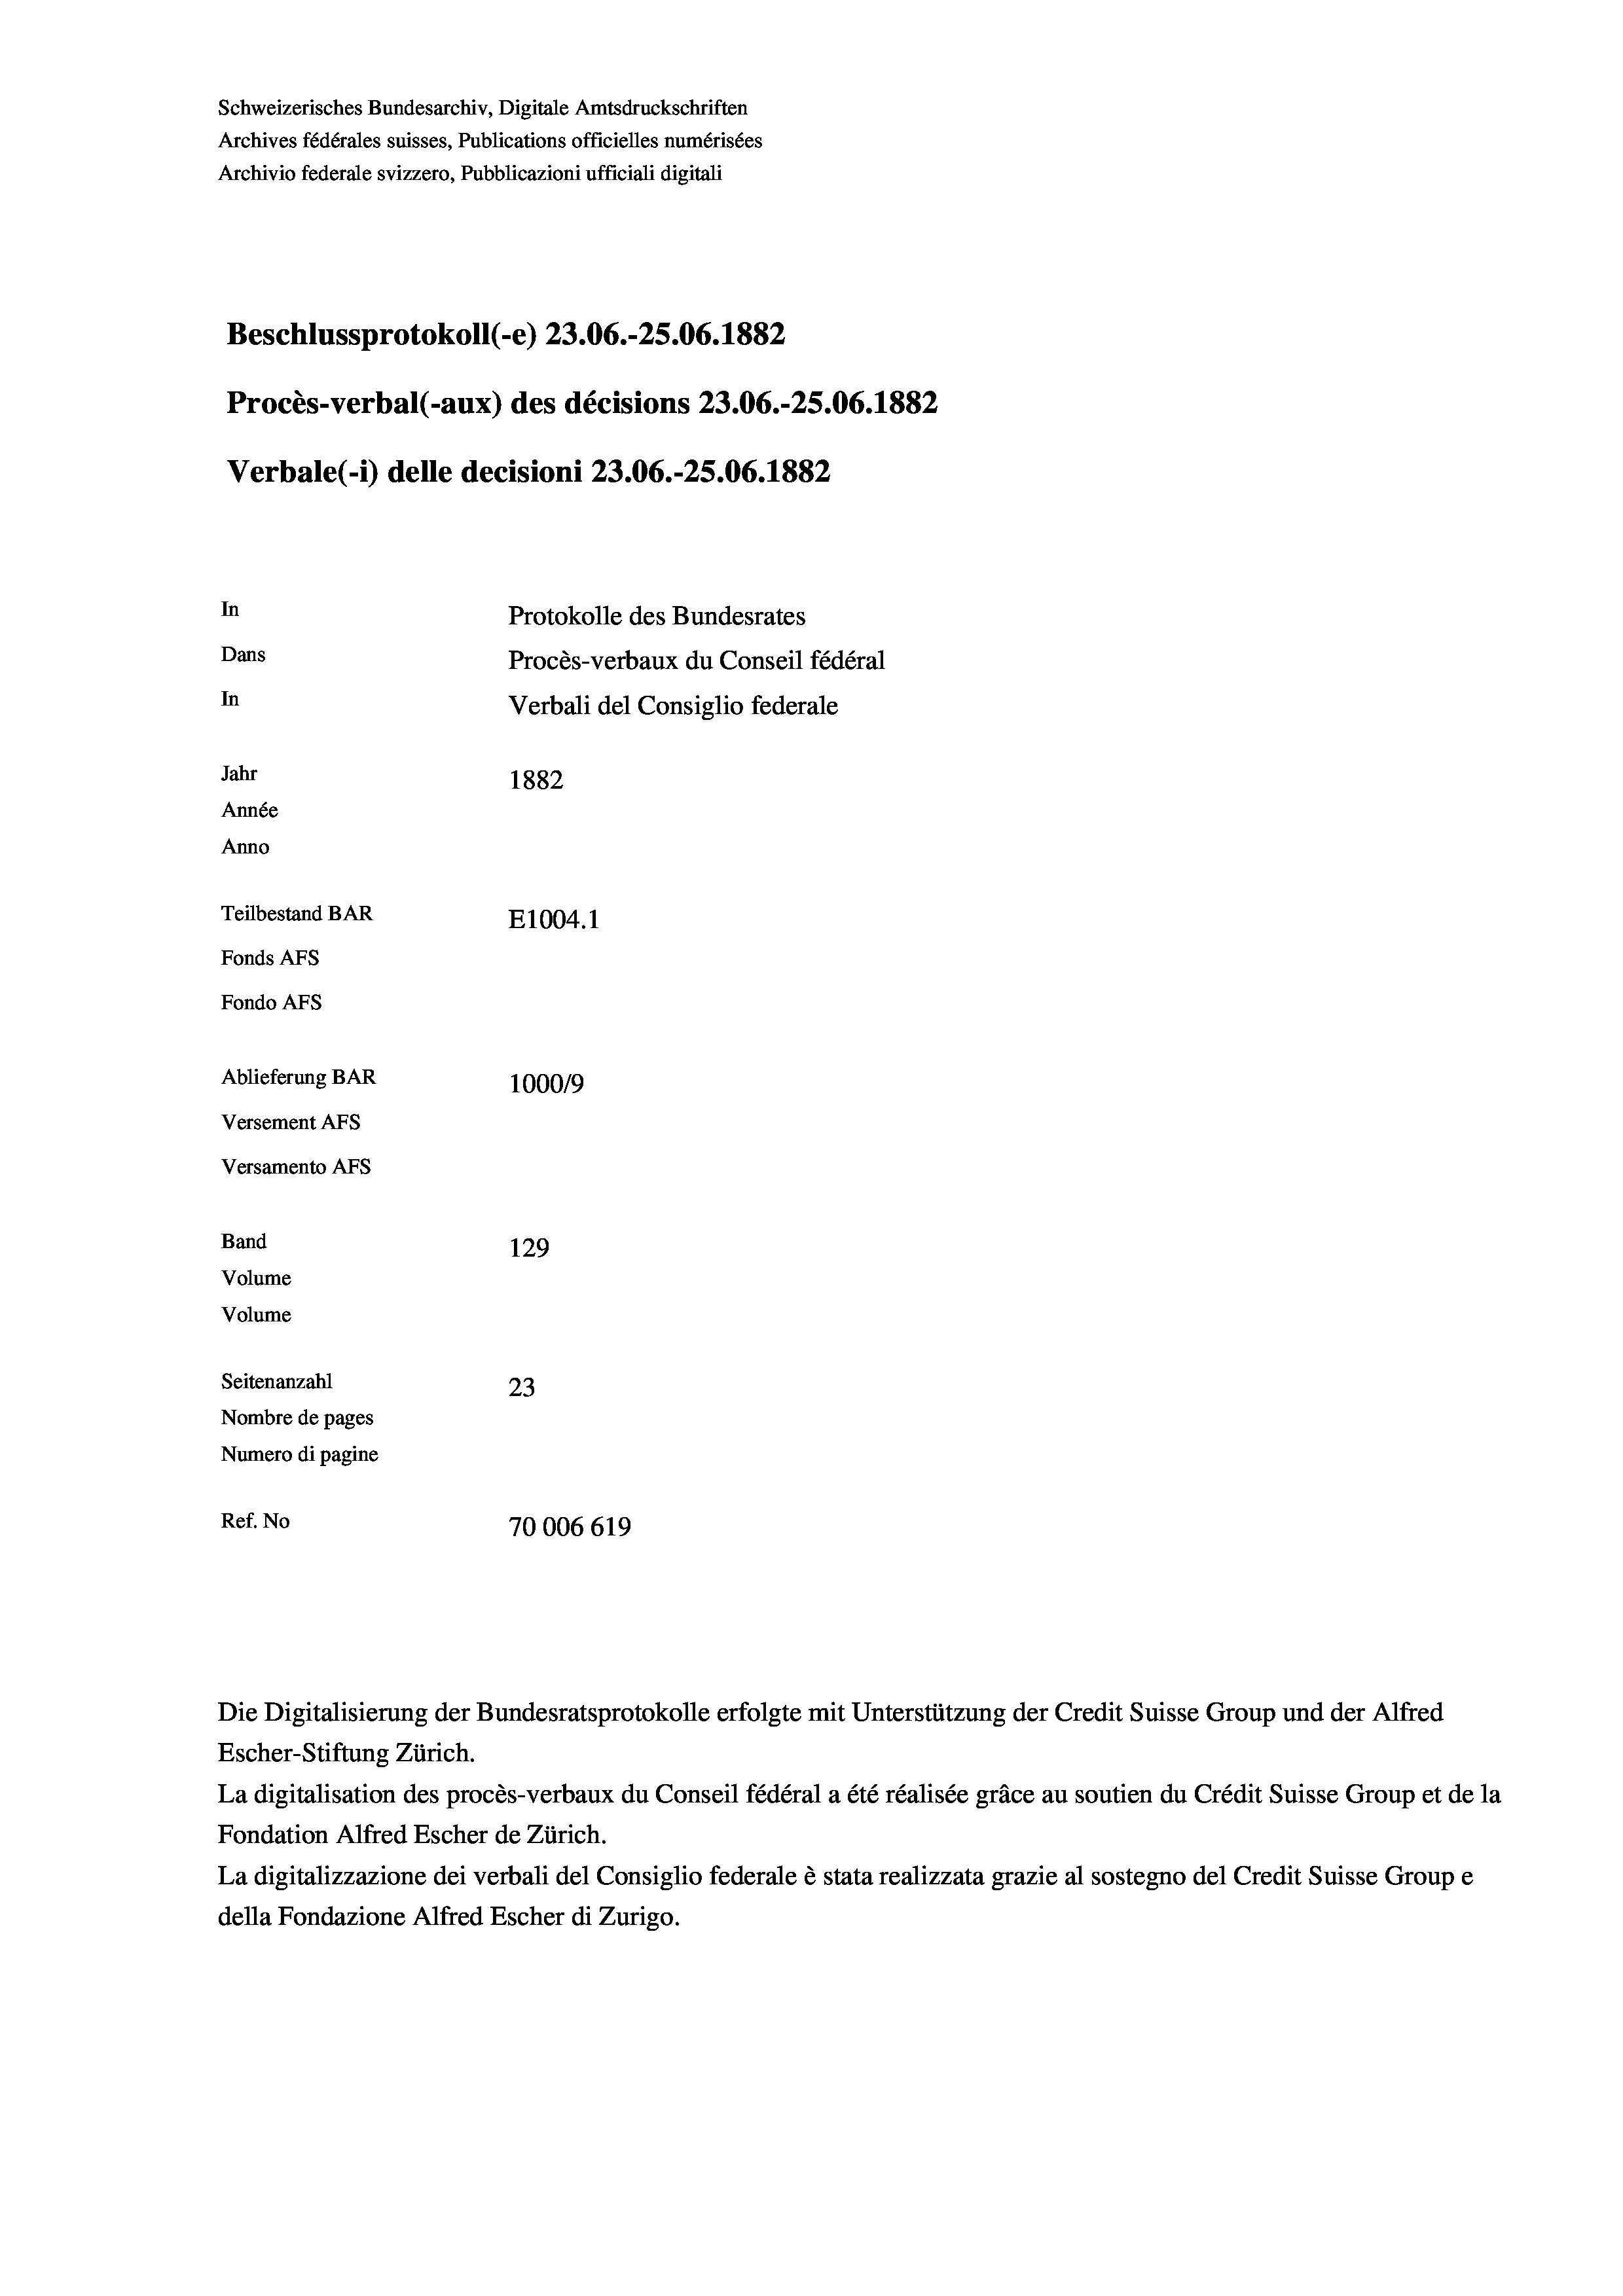
Schweizerisches Bundesarchiv, Digitale Amtsdruckschriften
Archives fédérales suisses, Publications officielles numérisées
Archivio federale svizzero, Pubblicazioni ufficiali digitali
Beschlussprotokoll (-e) 23.06.-25.06. 1882
Procès-verbal (-aux) des décisions 23.06.-25.06. 1882
Verbale (- 1) delle decisioni 23.06.-25.06. 1882
In
Protokolle des Bundesrates
Dans
Procès-verbaux du Conseil fédéral
In
Verbali del Consiglio federale
Jahr
1882
Année
Anno
Teilbestand BAR
E1004. 1
Fonds AFs
Fondo Afs
Ablieferung BAR
100019
Versement AFs
Versamento AFs
Band
129
Volume
Volume
Seitenanzahl
23
Nombre de pages
Numero di pagine
Ref. No
70006619

Die Digitalisierung der Bundesratsprotokolle erfolgte mit Unterstützung der Credit Suisse Group und der Alfred

Escher-Stiftung Zürich.
La digitalisation des procès-verbaux du Conseil fédéral a été réalisée gräce au soutien du Crédit Suisse Group et de la
Fondation Alfred Escher de Zürich.
La digitalizzazione dei verbali del Consiglio federale è stata realizzata grazie al sostegno del Credit Suisse Groupe
della Fondazione Alfred Escher di Zurigo.